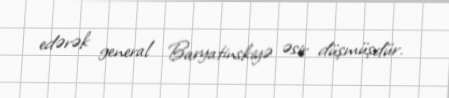
edərək general Baryatinskiyə əsir düşmüşdür.